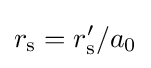
r_{\rm {s}}=r'_{\rm {s}}/a_{0}